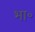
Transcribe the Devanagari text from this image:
भा॰